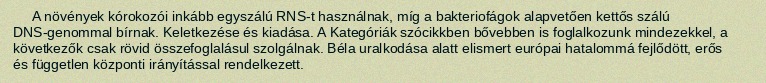
A növények kórokozói inkább egyszálú RNS-t használnak, míg a bakteriofágok alapvetően kettős szálú DNS-genommal bírnak. Keletkezése és kiadása. A Kategóriák szócikkben bővebben is foglalkozunk mindezekkel, a következők csak rövid összefoglalásul szolgálnak. Béla uralkodása alatt elismert európai hatalommá fejlődött, erős és független központi irányítással rendelkezett.